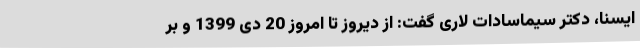
ایسنا، دکتر سیماسادات لاری گفت: از دیروز تا امروز 20 دی 1399 و بر